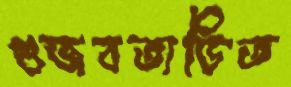
গুজবতাড়িত